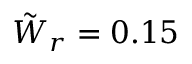
{ \tilde { W } _ { r } = 0 . 1 5 }